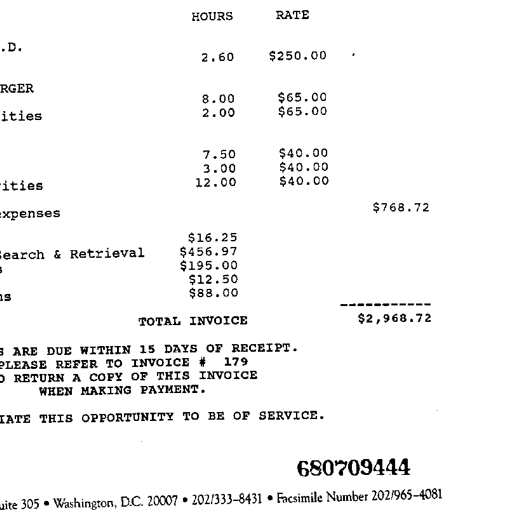
Transcript:
HOURS RATE
.D. 2.60 $250.00
RGER 8.00 $65.00
ities 2.00 $65.00
7.50 $40.00
3.00 $40.00
ities 12.00 $40.00
xpenses $768.72
$16.25
each & Retrieval $456.97
$195.00
$12.50
$88.00
----------
TOTAL INVOICE $2,968.72
ARE DUE WITHIN 15 DAYS OF RECEIPT.
PLEASE REFER TO INVOICE # 179
RETURN A COPY OF THIS INVOICE
WHEN MAKING PAYMENT.
THIS OPPORTUNITY TO BE OF SERVICE.
680709444
uite 305 • Washington, D.C. 20007 • 202/333-8431 • Facsimile Number 202/965-4081